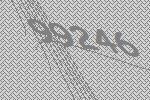
99246